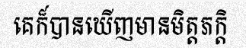
គេក៏បានឃើញមានមិត្តភក្តិ